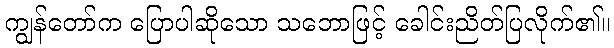
ကျွန်တော်က ပြောပါဆိုသော သဘောဖြင့် ခေါင်းညိတ်ပြလိုက်၏။